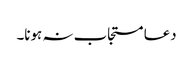
دعا مستجاب نہ ہونا۔